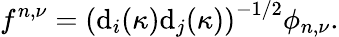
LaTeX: f^{n,\nu}=\left(\mathrm{d}_{i}(\kappa)\mathrm{d}_{j}(\kappa)\right)^{-1/2}\phi_{n,\nu}.